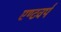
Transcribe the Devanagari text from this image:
एण्टवर्प